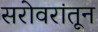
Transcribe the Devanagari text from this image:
सरोवरांतून